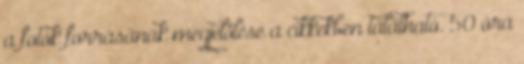
a fotók forrásának megjelölése a cikkekben található. 50 óra